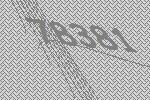
78381